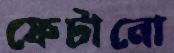
ফেটানো